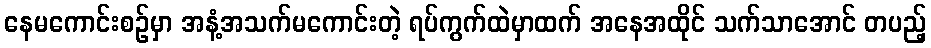
နေမကောင်းစဉ်မှာ အနံ့အသက်မကောင်းတဲ့ ရပ်ကွက်ထဲမှာထက် အနေအထိုင် သက်သာအောင် တပည့်